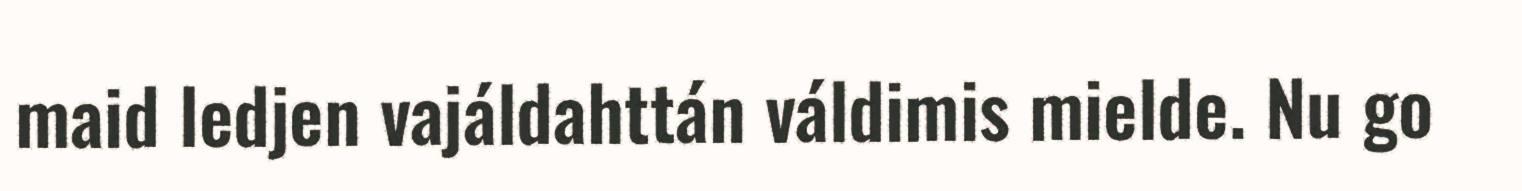
maid ledjen vajáldahttán váldimis mielde. Nu go